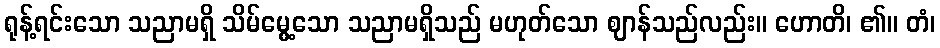
ရုန့်ရင်းသော သညာမရှိ သိမ်မွေ့သော သညာမရှိသည် မဟုတ်သော ဈာန်သည်လည်း။ ဟောတိ၊ ၏။ တံ၊